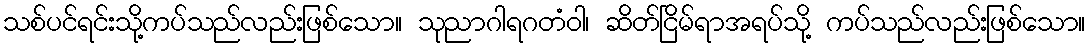
သစ်ပင်ရင်းသို့ကပ်သည်လည်းဖြစ်သော။ သုညာဂါရဂတံဝါ၊ ဆိတ်ငြိမ်ရာအရပ်သို့ ကပ်သည်လည်းဖြစ်သော။